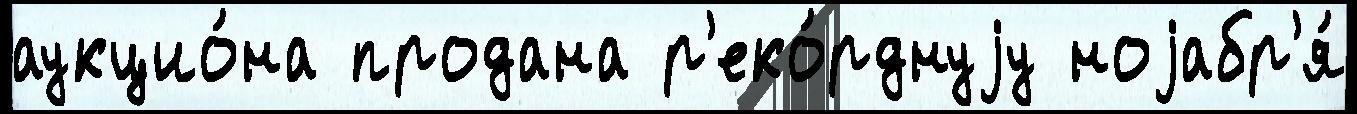
аукцио́на продана р'еко́рднуjу ноjабр'я́